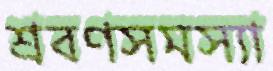
শ্রবণসমস্যা